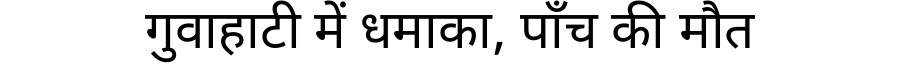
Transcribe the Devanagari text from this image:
गुवाहाटी में धमाका, पाँच की मौत